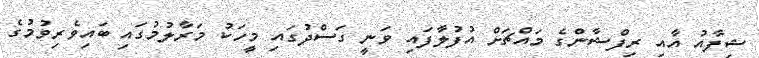
ޝިފާއު އާއި ރިފްޝާންގެ މައްޗަށް އުފުލާފައި ވަނީ ގަސްދުގައި މީހަކު މަރާލުމުގައި ބައިވެރިވުމުގެ